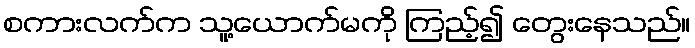
စကားလက်က သူ့ယောက်မကို ကြည့်၍ တွေးနေသည်။